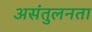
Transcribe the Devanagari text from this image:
असंतुलनता